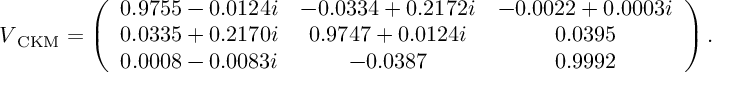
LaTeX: V _ { \mathrm { \tiny ~ C K M } } = \left( \begin{array} { c c c } { { 0 . 9 7 5 5 - 0 . 0 1 2 4 i } } & { { - 0 . 0 3 3 4 + 0 . 2 1 7 2 i } } & { { - 0 . 0 0 2 2 + 0 . 0 0 0 3 i } } \\ { { 0 . 0 3 3 5 + 0 . 2 1 7 0 i } } & { { 0 . 9 7 4 7 + 0 . 0 1 2 4 i } } & { { 0 . 0 3 9 5 } } \\ { { 0 . 0 0 0 8 - 0 . 0 0 8 3 i } } & { { - 0 . 0 3 8 7 } } & { { 0 . 9 9 9 2 } } \end{array} \right) .